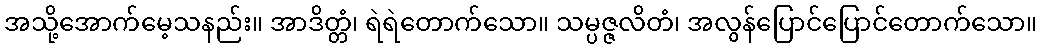
အသို့အောက်မေ့သနည်း။ အာဒိတ္တံ၊ ရဲရဲတောက်သော။ သမ္ပဇ္ဇလိတံ၊ အလွန်ပြောင်ပြောင်တောက်သော။